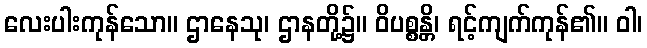
လေးပါးကုန်သော။ ဌာနေသု၊ ဌာနတို့၌။ ဝိပစ္စန္တိ၊ ရင့်ကျက်ကုန်၏။ ဝါ၊